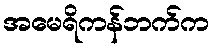
အမေရိကန်ဘက်က